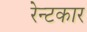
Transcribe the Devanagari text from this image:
रेन्टकार